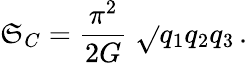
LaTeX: \mathfrak{S}_{C}=\frac{{\pi^{2}}}{{2G}}\; \sqrt{}{{q_{1}q_{2}q_{3}}}\, .